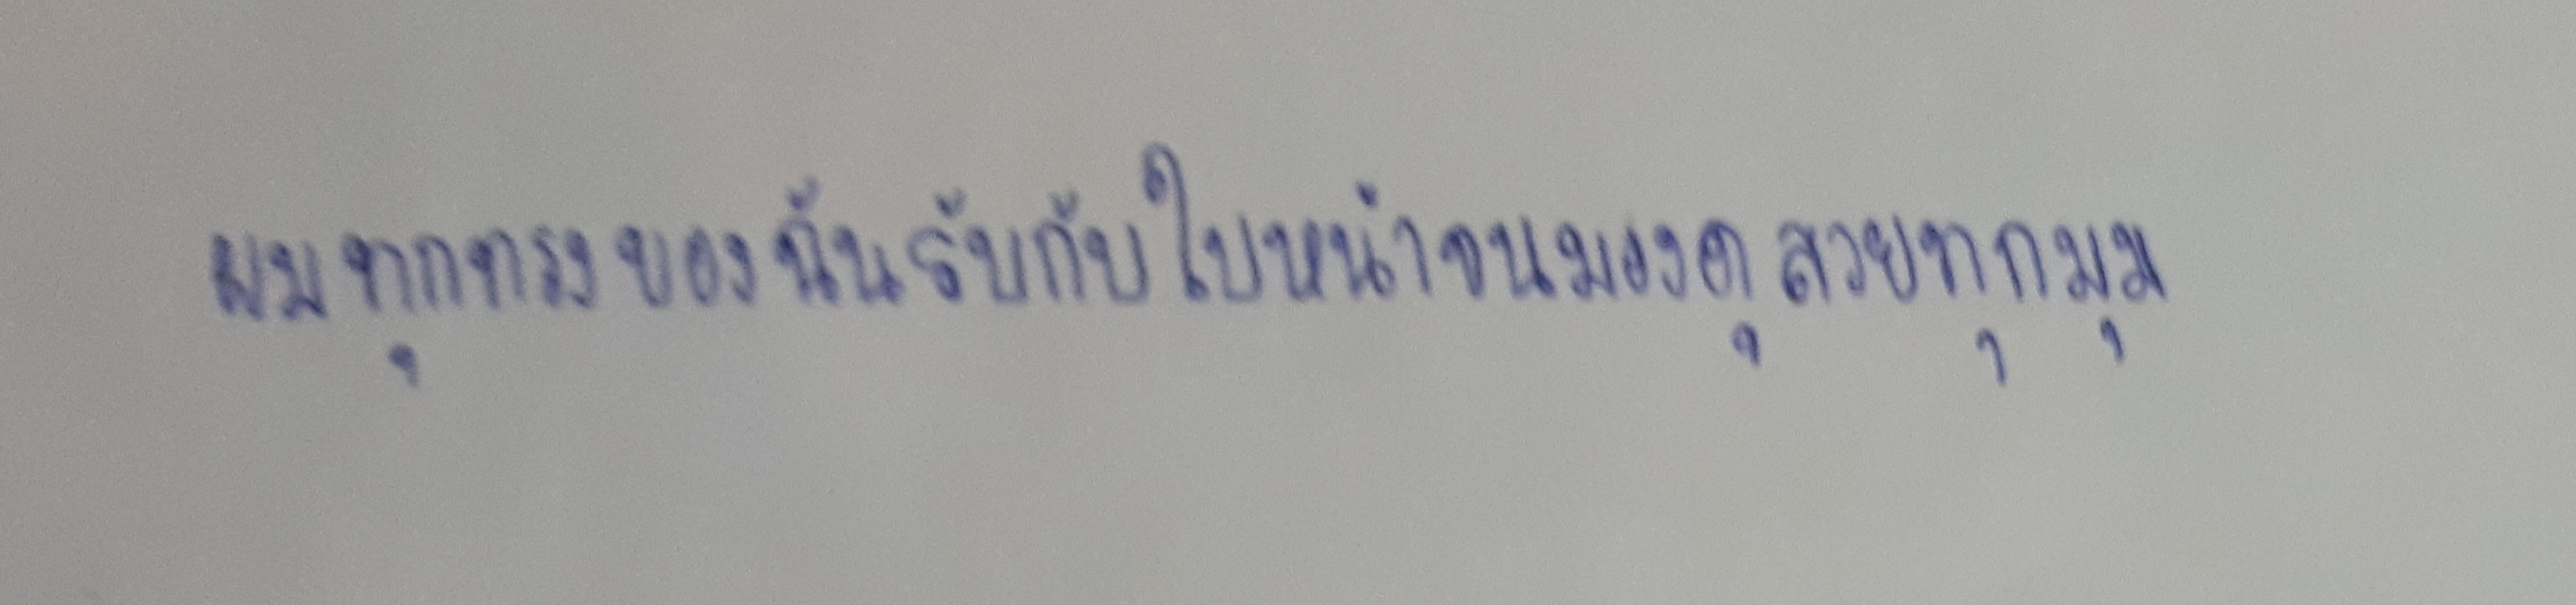
ผมทุกทรงของฉันรับกับใบหน้าจนมองดูสวยทุกมุม